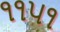
૧૧૫૧